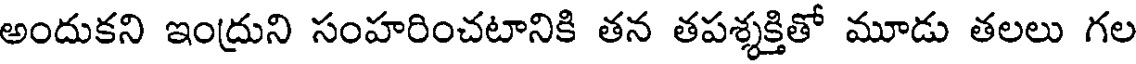
అందుకని ఇంద్రుని సంహరించటానికి తన తపశ్శక్తితో మూడు తలలు గల